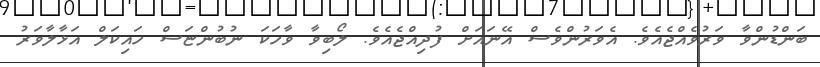
ބަންޑުންވާ ވަރުވެއްޖެއެވެ. އެވަރުންވެސް އޭނައަށް ފުދިއްޖެއެވެ. ލޯބިވާ ވާހަކަ ނުބުންޏަސް ހައިކަލް އަޅާލާވަރު